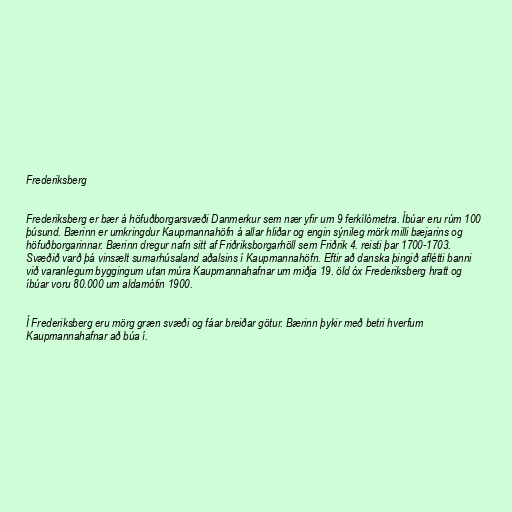
Frederiksberg

Frederiksberg er bær á höfuðborgarsvæði Danmerkur sem nær yfir um 9 ferkílómetra. Íbúar eru rúm 100
þúsund. Bærinn er umkringdur Kaupmannahöfn á allar hliðar og engin sýnileg mörk milli bæjarins og
höfuðborgarinnar. Bærinn dregur nafn sitt af Friðriksborgarhöll sem Friðrik 4. reisti þar 1700-1703.
Svæðið varð þá vinsælt sumarhúsaland aðalsins í Kaupmannahöfn. Eftir að danska þingið aflétti banni
við varanlegum byggingum utan múra Kaupmannahafnar um miðja 19. öld óx Frederiksberg hratt og
íbúar voru 80.000 um aldamótin 1900.

Í Frederiksberg eru mörg græn svæði og fáar breiðar götur. Bærinn þykir með betri hverfum
Kaupmannahafnar að búa í.